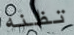
تظنه